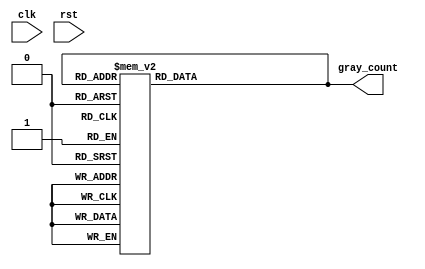
module Gray_counter (
    input wire clk,
    input wire rst,
    output reg [3:0] gray_count
);

reg [3:0] next_gray_count;

always @ (posedge clk or posedge rst)
begin
    if (rst)
        next_gray_count <= 4'b0000;
    else
        next_gray_count <= gray_count + 1;
end

always @*
begin
    case (gray_count)
        4'b0000: gray_count = 4'b0001;
        4'b0001: gray_count = 4'b0011;
        4'b0011: gray_count = 4'b0010;
        4'b0010: gray_count = 4'b0110;
        4'b0110: gray_count = 4'b0111;
        4'b0111: gray_count = 4'b0101;
        4'b0101: gray_count = 4'b0100;
        4'b0100: gray_count = 4'b1100;
        4'b1100: gray_count = 4'b1101;
        4'b1101: gray_count = 4'b1111;
        4'b1111: gray_count = 4'b1110;
        default: gray_count = 4'b0000;
    endcase
end

endmodule